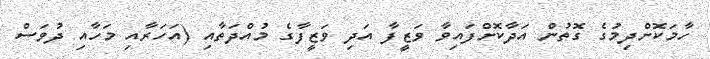
ހާމަކޮށްދިމުގެ ގޮތުން އަދާކޮށްފައިވާ ވަޒީފާ އަދި ވަޒީފާގެ މުއްދަތާއި (އަހަރާއި މަހާއި ދުވަސް